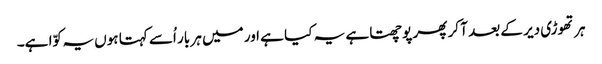
ہر تھوڑی دیر کے بعد آ کر پھر پوچھتا ہے یہ کیا ہے اور میں ہر بار اُسے کہتا ہوں یہ کوّا ہے۔